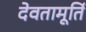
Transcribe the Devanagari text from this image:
देवतामूर्ति